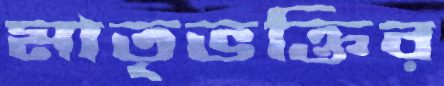
মাতৃভক্তির